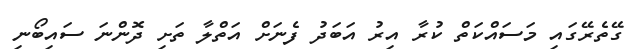
ގޭތެރޭގައި މަސައްކަތް ކުރާ އިރު އަބަދު ފެނަށް އަތްލާ ތަށި ދޮންނަ ސައިބޯނި